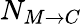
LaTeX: N_{M\rightarrow C}